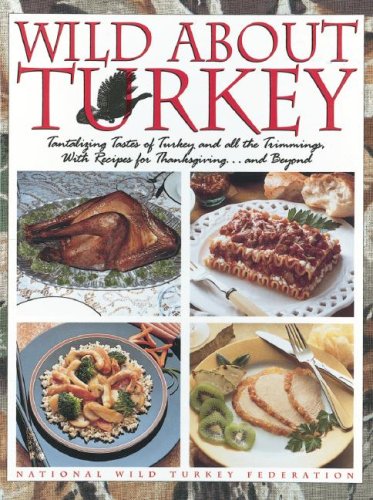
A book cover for Wild about Turkey: Tantalizing Tastes of Turkey and All the Trimmings, Withrecipes for Thanksgiving...and Beyond; National Wild Turkey Federation; Cookbooks, Food & Wine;